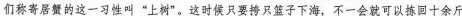
们称寄居蟹的这一习性叫”上树”。这时侯只要挎只篮子下海，不一会就可以拣回十余斤